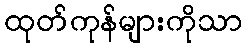
ထုတ်ကုန်များကိုသာ